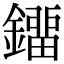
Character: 鐂